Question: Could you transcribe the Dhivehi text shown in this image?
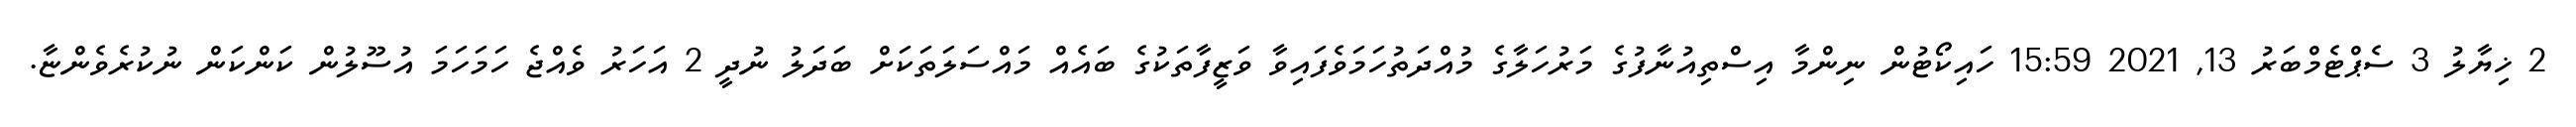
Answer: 2 ޚިޔާލު 3 ސެޕްޓެމްބަރު 13, 2021 15:59 ހައިކޯޓުން ނިންމާ އިސްތިއުނާފުގެ މަރުހަލާގެ މުއްދަތުހަމަވެފައިވާ ވަޒީފާތަކުގެ ބައެއް މައްސަލަތަކަށް ބަދަލު ނުދީ 2 އަހަރު ވެއްޖެ ހަމަހަމަ އުސޫލުން ކަންކަން ނުކުރެވެންޏާ.